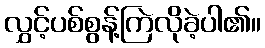
လွှင့်ပစ်စွန့်ကြဲလိုခဲ့ပါ၏။